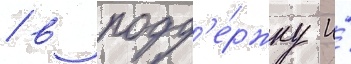
/ в подд'е́ржку и́